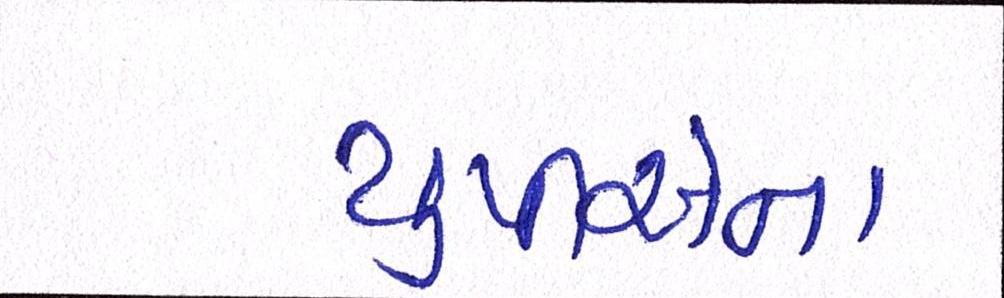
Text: યુપીએના